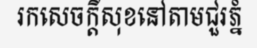
រកសេចក្តីសុខនៅតាមជួរភ្នំ